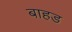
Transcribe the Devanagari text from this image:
बाहड